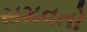
સમવતો